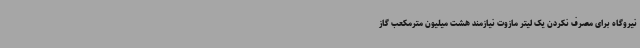
نیروگاه برای مصرف نکردن یک لیتر مازوت نیازمند هشت میلیون مترمکعب گاز